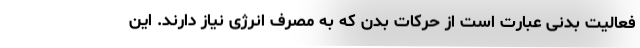
فعالیت بدنی عبارت است از حرکات بدن که به مصرف انرژی نیاز دارند. این